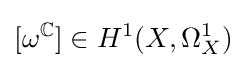
[\omega ^{\mathbb {C} }]\in H^{1}(X,\Omega _{X}^{1})